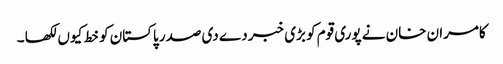
کامران خان نے پوری قوم کو بڑی خبر دے دی صدر پاکستان کو خط کیوں لکھا ۔